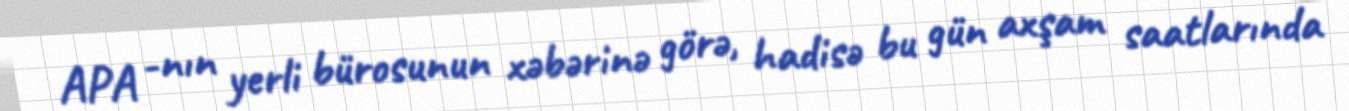
APA -nın yerli bürosunun xəbərinə görə, hadisə bu gün axşam saatlarında